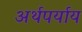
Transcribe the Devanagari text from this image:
अर्थपर्याय